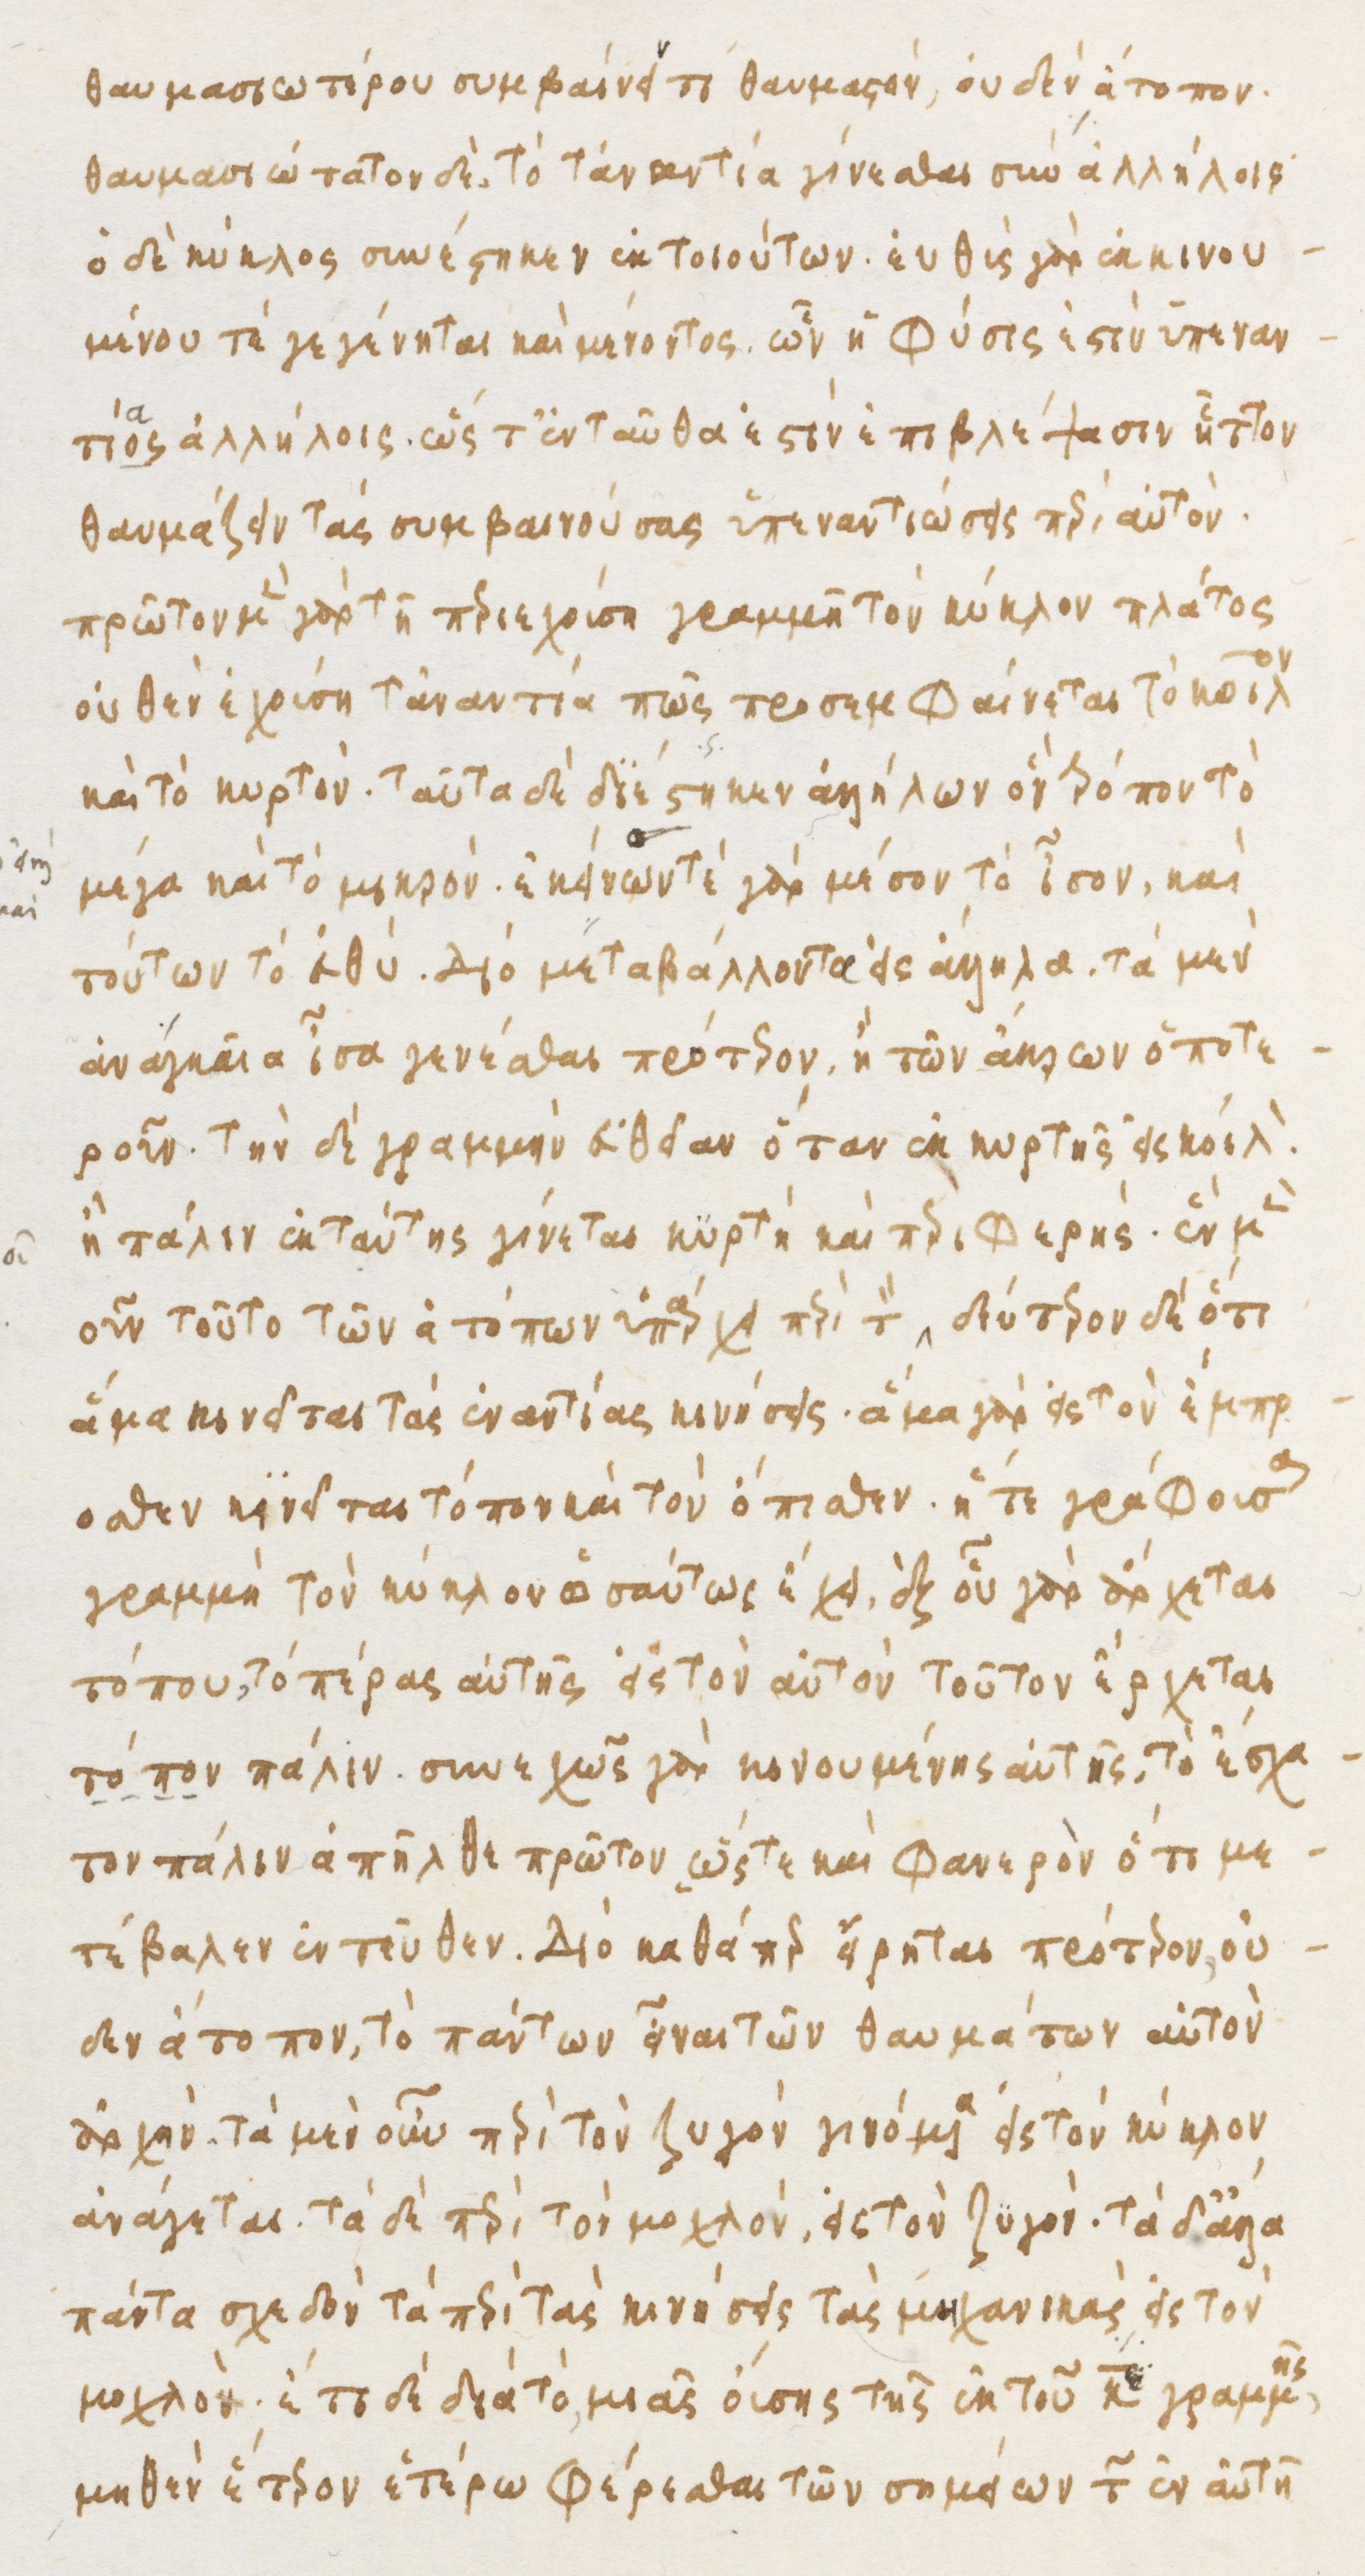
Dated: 1480–1497